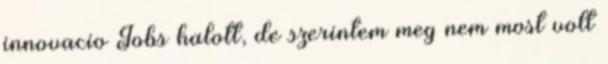
innovacio Jobs halott, de szerintem meg nem most volt